Report of the Municipal Commissioner on the plague in Bombay for the year ending 31st May... - Volume 1
Disease focus: Plague
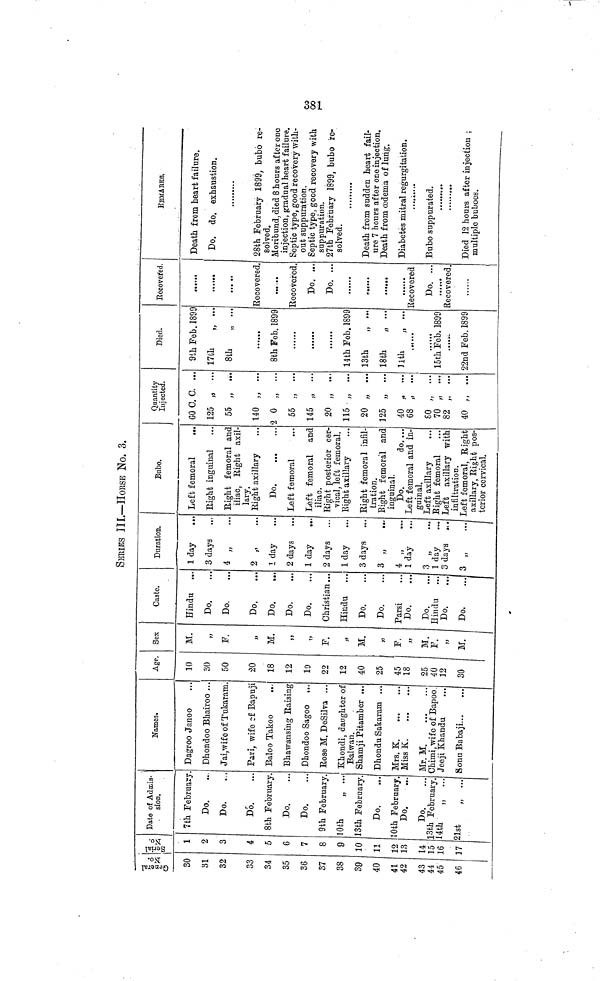
381
SERIES III.—HOUSE No, 3.
General I
No.
30
31
32
33
34
35
36
37
38
39
40
41
42
43
44
45
46
Serial
No.
1
2
3
4
5
6
7
8
Q
10
11
12
13
14
15
16
Π
Date of Admis-
sion.
7th February
Do.
Do.
Do.
8th February.
Do.
Do.
9th February.
lOfch
13th February.
Do.
ι Oth February
Do
..
Do.
3th February
«ι» „ ..:
1st
„ ...
Names.
Dagroo Janoo
Dhondoo Bhairoo ..
Ja' wife of Tukaram
Pari, wife ?f Bapuj
Baloo Takoo
Bhawansing Eaising
Dhondoo Sagoo ..
Eose M. DeSilva ..
Khondi daughter of
Bal wan.
Shamji Pitamber ...
Dhondu Sakaram ...
Mrs. K
Miss K
.
Mr. M.
Chiini wife of Bapoo
Jeeji Khandu
SonuBabaji
Age.
10
30
50
20
18
12
19
22
12
40
25
45
18
25
40
12
30
Sex
M.
»
F
M.
»j
1)
F.
Λ
M.
«
F,
»
M.
F
ÍÍ
M.
Caste.
Hindu
..
Do.
Do
Do
Do.
Do.
Do.
Christian ..
Do.
Do.
Parsi
Do
Do.
Do.
Do.
Duration.
1 day
3 days
4 * }>
2 „
1 day
2 days
1 day
2 days
3 days
3 „
»
4 „
3 „
3 days
3 „
Bubo.
Left femoral
...
Eight inguinal
Ei^ht femoral and
iliac, Eight axil-
lary.
Eight axillary
Do
Left femoral
...
Left femoral
and
iliac.
Eight posterior cer-
vical, left femoral.
Eight femoral infil-
tration.
Bight femoral and
inguinal.
Do.
do. ...
guinal.
Left axillary
Left axillary with
infiltration.
Left femoral, Eight
axillary, Bight pos-
terior cervical.
Quantity
Injected.
m
600. C. ...
125 „ ...
55
··.
140 ,. ...
2 0 „ ...
55 „ ...
145 „ ...
20 „ ...
20 „ ...
125 „ ...
40 „ ...
68
...
SO , ...
70 <υ „ ...
82 „ ...
40 „ ...
Died.
9th Feb. 1899
17th
„ ...
8th
8th Feb. 1899
14th Fob 1899
13th
„ ...
18th
„ ...
31th
„ ...
15th Feb. 1899
22nd Feb. 1899
Becoveied.
Eecovered.
Eecovered.
Do. ...
Do. ...
Recovered
Do. ...
Recovered.
EEUAEKS.
Death from heart failure.
Do. do. exhaustion.
28th February 1899, bubo re-
solved.
Moribund, died 8 hours after one
injection, gradual heart failure.
Septic type, good recovery with-
out suppuration.
Septic type, good recovery with
suppuration.
27th February 1899, bubo re-
solved.
Death from sudden heart fail-
ure 7 hours after one injection.
Death from oedema of lung.
Diabetes mitral regurgitation.
Bubo suppurated.
Died 12 hours after injection ;
múltiplo buboes.